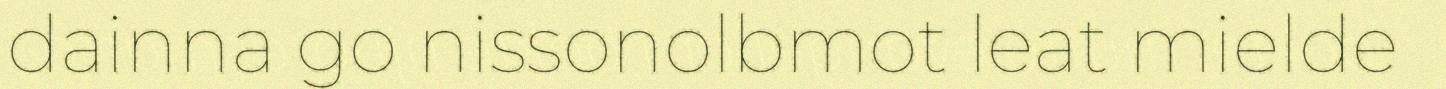
dainna go nissonolbmot leat mielde